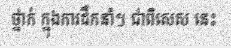
ថ្នាក់ ក្នុងការដឹកនាំ។ ជាពិសេស នេះ